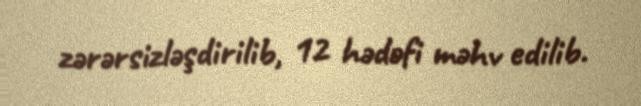
zərərsizləşdirilib, 12 hədəfi məhv edilib.